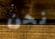
نحن